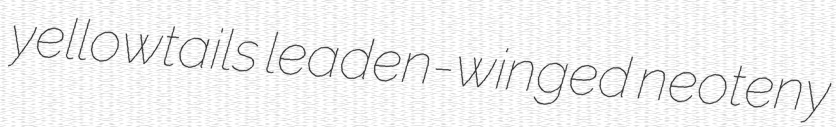
yellowtails leaden-winged neoteny